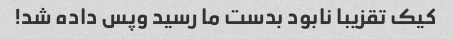
کیک تقزیبا نابود بدست ما رسید و‌پس داده شد!